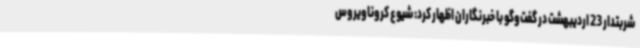
شربتدار 23 اردیبهشت در گفت‌وگو با خبرنگاران اظهار کرد: شیوع کروناویروس